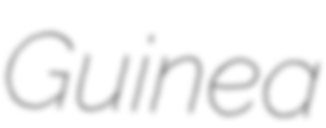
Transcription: Guinea